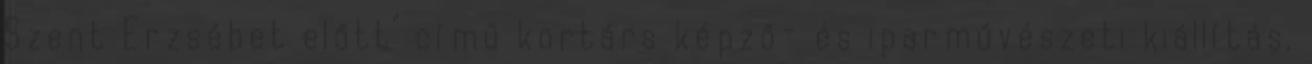
Szent Erzsébet előtt" című kortárs képző- és iparművészeti kiállítás,